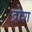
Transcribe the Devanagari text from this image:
द्रोश